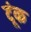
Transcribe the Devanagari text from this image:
टूंक